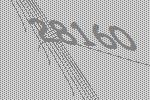
28160